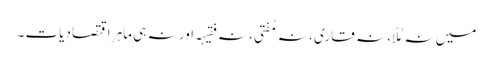
میں نہ مُلّا ، نہ قاری ، نہ مُفتی ، نہ فقیہہ اور نہ ہی ماہرِ اقتصادیات ۔